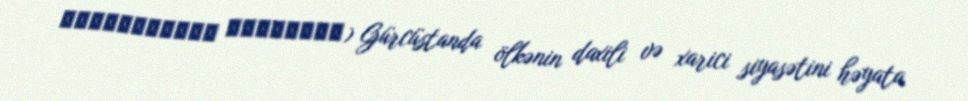
საქართველოს მთავრობა) Gürcüstanda ölkənin daxili və xarici siyasətini həyata